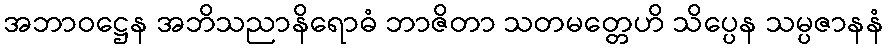
အဘာဝဋ္ဌေန အဘိသညာနိရောဓံ ဘာဇိတာ သတမတ္တေဟိ သိပ္ပေန သမ္ပဇာနနံ